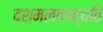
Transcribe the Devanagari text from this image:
दशमलवपद्धति